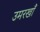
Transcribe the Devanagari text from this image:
उमरखाँ